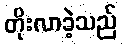
တိုးလာခဲ့သည်